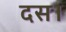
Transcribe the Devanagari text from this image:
दस।